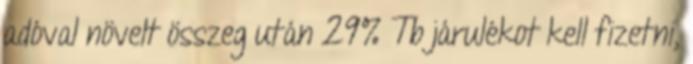
adóval növelt összeg után 29% Tb járulékot kell fizetni,